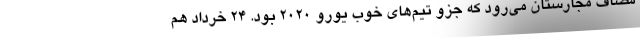
مصاف مجارستان می‌رود که جزو تیم‌های خوب یورو 2020 بود. 24 خرداد هم